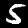
Label: 5